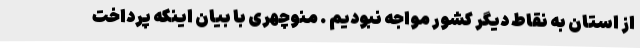
از استان به نقاط دیگر کشور مواجه نبودیم . منوچهری با بیان اینکه پرداخت